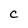
Character: C